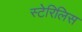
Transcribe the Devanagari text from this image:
स्टेरिलिस